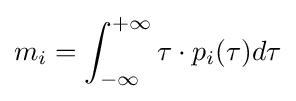
m_{i}=\int _{-\infty }^{+\infty }\tau \cdot p_{i}(\tau )d\tau